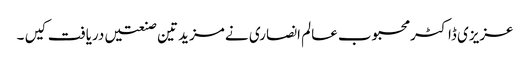
عزیزی ڈاکٹر محبوب عالم انصاری نے مزید تین صنعتیں دریافت کیں ۔